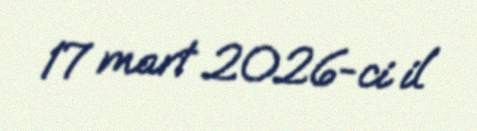
17 mart 2026-ci il